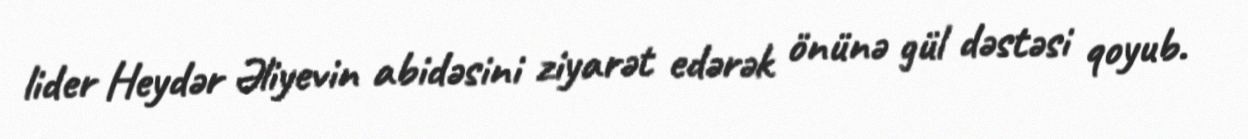
lider Heydər Əliyevin abidəsini ziyarət edərək önünə gül dəstəsi qoyub.